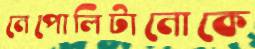
নেপোলিটানোকে